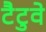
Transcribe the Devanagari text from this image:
टैटुवे